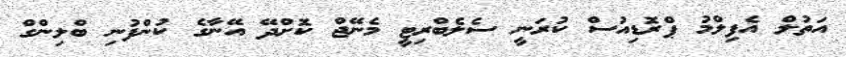
އަތުލް އެފިލްމު ޕްރޮޑިއުސް ކުރަނީ ސެލެބްރިޓީ މެނޭޖް ކޮށްދޭ އޭނާގެ ކުންފުނި ބްލިންގް